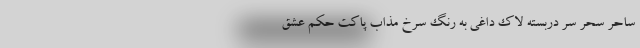
ساحرِ سحرِ سّرِ دربسته لاک داغی به رنگِ سرخِ مذاب پاکتِ حُکمِ عشق